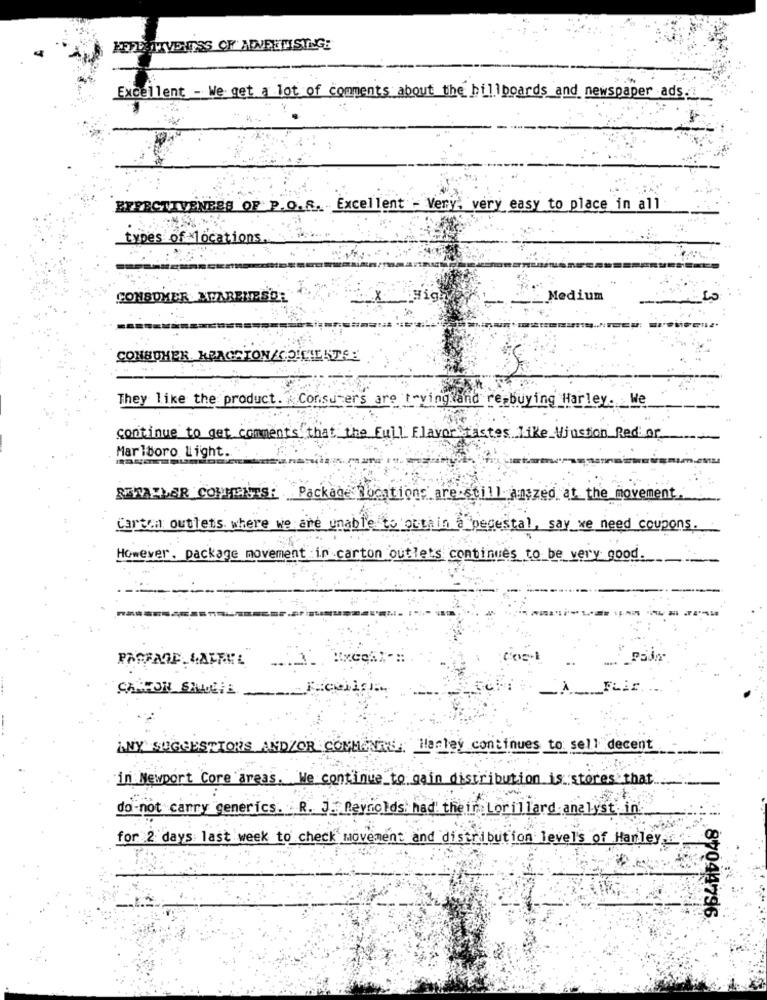
HEILEITIVENESS OF ADVERTISING:
Excellent - We get a lot of comments about the billboards and newspaper ads.
EFFECTIVENESS OF P.O.R. Excellent - Very, very easy to place in all
types of locations
CONSUMER AFARELESDE
Medium
CONSUMER REACCIONACOLLIESTE
They like the product. Consumers are tryingland re buying Harley. We
continue to get comments that the Full Flavor tastes like Winston Red or
Marlboro light.
REWALLER COMMENTSE
Package Hocations are still anszed at the movement.'
Carta outlets where we are unable to obtain a pedestal, say we need coupons.
However. package movement in carton outlets continues to be very good.
PROFANE LAFFEL
Pain
FLir
ANY SUGGESTIONS AND/OR COMMENTS: Hanley continues to sell decent
in Newport Core areas. We continue to gain distribution is stores that
do-not carry generics. R. J. Reynolds: had their Lorillard analyst in.
for 2 days last week to check movement and distribution level's of Hanley,
87044796